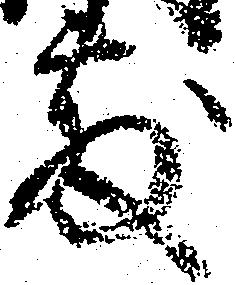
敷